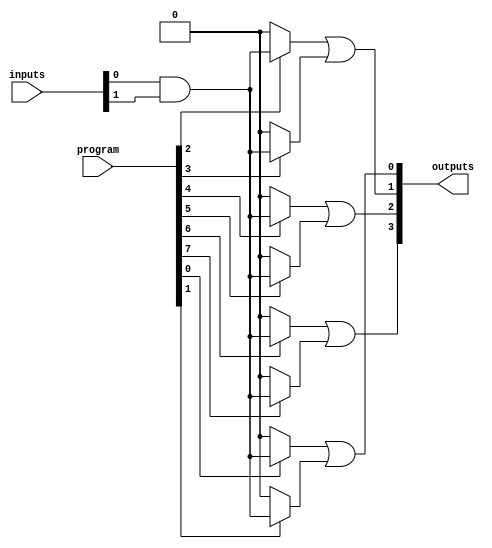
module HS_PAL (
    input wire [N-1:0] inputs,     // N input signals
    input wire [M-1:0] program,     // M programming signals (for AND array configuration)
    output wire [P-1:0] outputs      // P output signals
);
    parameter N = 8;                // Number of inputs
    parameter M = 16;               // Number of product terms in AND array
    parameter P = 4;                // Number of outputs

    // Internal signals for AND array outputs
    wire [M-1:0] and_outputs;

    // Programmable AND array
    genvar i;
    generate
        for (i = 0; i < M; i = i + 1) begin : and_array
            assign and_outputs[i] = program[i] ? (inputs[0] & inputs[1]) : 1'b0; // Example: AND between inputs[0] and inputs[1]
            // Add additional logic to configure AND gates based on `program`
        end
    endgenerate

    // Fixed OR array
    assign outputs[0] = and_outputs[0] | and_outputs[1]; // Example OR logic
    assign outputs[1] = and_outputs[2] | and_outputs[3];
    assign outputs[2] = and_outputs[4] | and_outputs[5];
    assign outputs[3] = and_outputs[6] | and_outputs[7];

endmodule